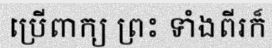
ប្រើពាក្យ ព្រះ ទាំងពីរក៏